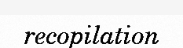
recopilation